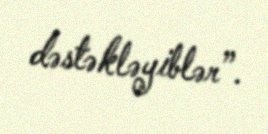
dəstəkləyiblər”.